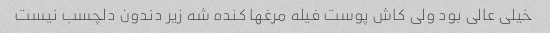
خیلی عالی بود ولی کاش پوست فیله مرغها کنده شه زیر دندون دلچسب نیست